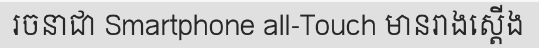
រចនាជា Smartphone all-Touch មានរាងស្តើង